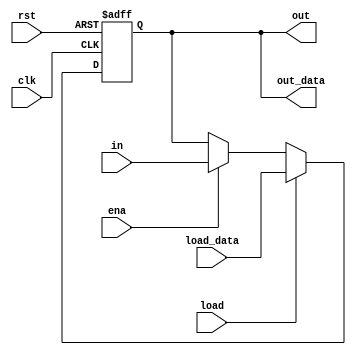
module shift_reg #(parameter N = 1)
            (input wire clk, input wire rst, input wire ena,
             input wire load, input wire[N-1:0] load_data,
             input wire in, output wire[N-1:0] out_data, output wire out);

reg [N-1:0] sreg = {N{1'b0}};

wire [N:0] data_wires;

assign data_wires[0] = in;
assign out_data = data_wires[N:1];
assign out = data_wires[N];

genvar i;
generate
for(i = 0; i < N; i = i + 1) begin: gen

assign data_wires[i + 1] = sreg[i];

always @(negedge rst or posedge clk) begin
    if(!rst) begin
        sreg[i] <= 1'b0;
    end else if(load) begin
        sreg[i] <= load_data[i];
    end else if(ena) begin
        sreg[i] <= data_wires[i];
    end
end

end

endgenerate

endmodule